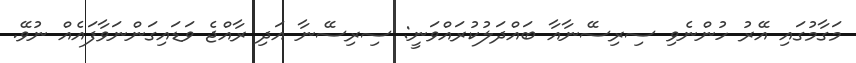
މަގާމުގައި އޭރު ހުންނެވި ސިރިސޭނާއާ ބައްދަލުކުރައްވަނީ: ސިރިސޭނާ އަދި ރާއްޖެ ވަޑައިގަންނަވާފައެއް ނުވޭ.